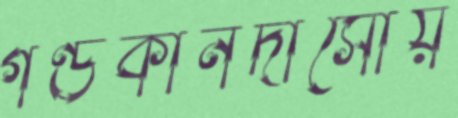
গণ্ডকীনদীসোয়